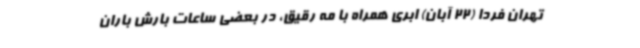
تهران فردا (22 آبان) ابری همراه با مه رقیق، در بعضی ساعات بارش باران